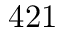
4 2 1